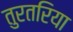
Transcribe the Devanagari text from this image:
तुरतरिया